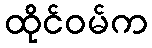
ထိုင်ဝမ်က